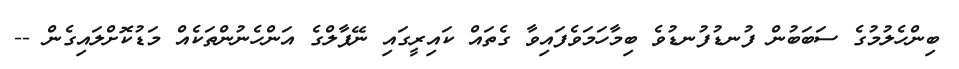
ބިންހެލުމުގެ ސަބަބުން ފުނޑުފުނޑުވެ ބިމާހަމަވެފައިވާ ގެތައް ކައިރީގައި ނޭޕާލްގެ އަންހެނުންތަކެއް މަޑުކޮށްލައިގެން --